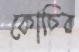
কোচির